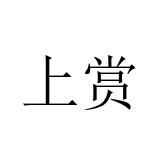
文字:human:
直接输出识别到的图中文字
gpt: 上赏